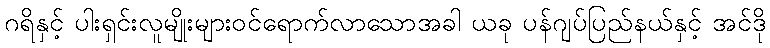
ဂရိနှင့် ပါးရှင်းလူမျိုးများဝင်ရောက်လာသောအခါ ယခု ပန်ဂျပ်ပြည်နယ်နှင့် အင်ဒို